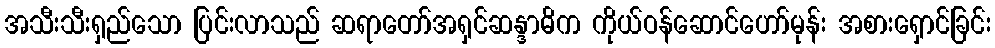
အသီးသီးရှည်သော ပြင်းလာသည် ဆရာတော်အရှင်ဆန္ဒာဓိက ကိုယ်ဝန်ဆောင်ဟော်မုန်း အစားရှောင်ခြင်း